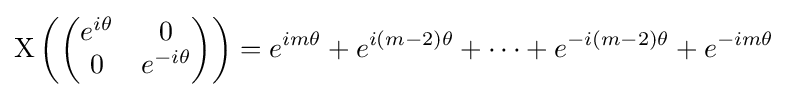
\mathrm {X} \left({\begin{pmatrix}e^{i\theta }&0\\0&e^{-i\theta }\end{pmatrix}}\right)=e^{im\theta }+e^{i(m-2)\theta }+\cdots +e^{-i(m-2)\theta }+e^{-im\theta }